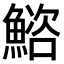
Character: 𫙩